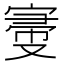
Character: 𡩠